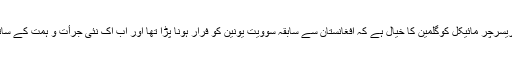
امریکی دارالحکومت واشنگٹن میں قائم وُوڈرو ولسن انٹرنیشنل سینٹرز برائے اسکالرز کے ریسرچر مائیکل کوگلمین کا خیال ہے کہ افغانستان سے سابقہ سوویت یونین کو فرار ہونا پڑا تھا اور اب اک نئی جراٴت و ہمت کے ساتھ روسی حکومت کی شدید خواہش ہے کہ وہ افغانستان میں ایک زوردار انداز میں داخل ہو۔